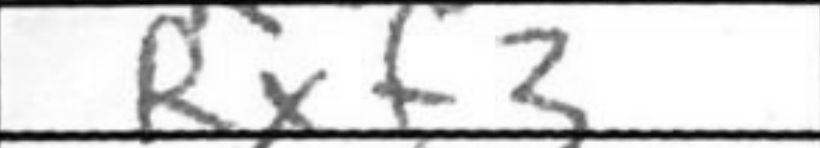
Transcription: Rxf3